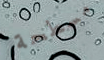
مسطحة